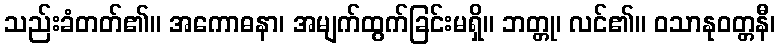
သည်းခံတတ်၏။ အကောဓနာ၊ အမျက်ထွက်ခြင်းမရှိ။ ဘတ္တု၊ လင်၏။ ဝသာနုဝတ္တနီ၊